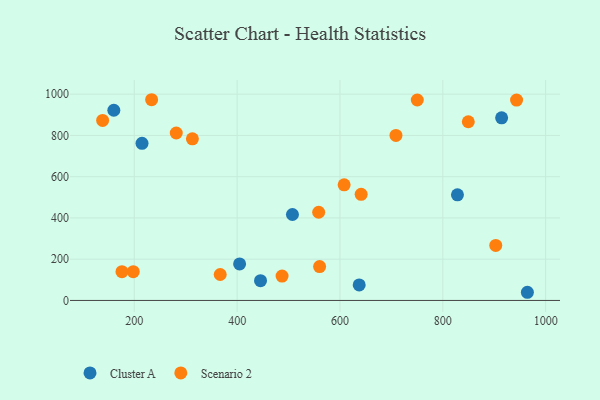
{"axis": {"x": "Speed", "y": "Exam Score"}, "legend": ["Cluster A", "Scenario 2"], "data": [{"x": "404.8", "y": 176.9, "type": "Cluster A"}, {"x": "215.0", "y": 761.7, "type": "Cluster A"}, {"x": "828.5", "y": 511.8, "type": "Cluster A"}, {"x": "507.6", "y": 416.5, "type": "Cluster A"}, {"x": "637.4", "y": 75.0, "type": "Cluster A"}, {"x": "160.2", "y": 921.9, "type": "Cluster A"}, {"x": "445.5", "y": 95.6, "type": "Cluster A"}, {"x": "964.5", "y": 39.6, "type": "Cluster A"}, {"x": "914.4", "y": 885.5, "type": "Cluster A"}, {"x": "608.1", "y": 560.6, "type": "Scenario 2"}, {"x": "558.6", "y": 427.6, "type": "Scenario 2"}, {"x": "313.0", "y": 783.7, "type": "Scenario 2"}, {"x": "198.0", "y": 139.5, "type": "Scenario 2"}, {"x": "943.5", "y": 971.4, "type": "Scenario 2"}, {"x": "281.6", "y": 811.7, "type": "Scenario 2"}, {"x": "750.4", "y": 971.7, "type": "Scenario 2"}, {"x": "233.7", "y": 973.0, "type": "Scenario 2"}, {"x": "560.4", "y": 164.1, "type": "Scenario 2"}, {"x": "367.1", "y": 125.8, "type": "Scenario 2"}, {"x": "903.0", "y": 266.8, "type": "Scenario 2"}, {"x": "176.0", "y": 139.4, "type": "Scenario 2"}, {"x": "487.4", "y": 118.3, "type": "Scenario 2"}, {"x": "708.9", "y": 799.7, "type": "Scenario 2"}, {"x": "641.2", "y": 514.2, "type": "Scenario 2"}, {"x": "849.6", "y": 866.2, "type": "Scenario 2"}, {"x": "138.4", "y": 872.7, "type": "Scenario 2"}]}